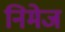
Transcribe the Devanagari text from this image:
निमेज